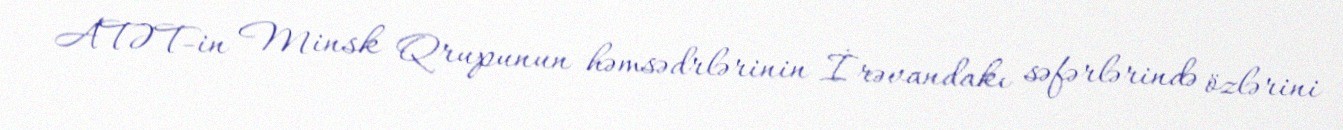
ATƏT-in Minsk Qrupunun həmsədrlərinin İrəvandakı səfərlərində özlərini